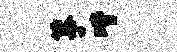
筝喈